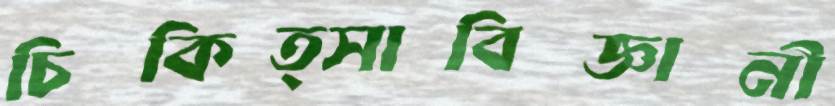
চিকিত্সাবিজ্ঞানী